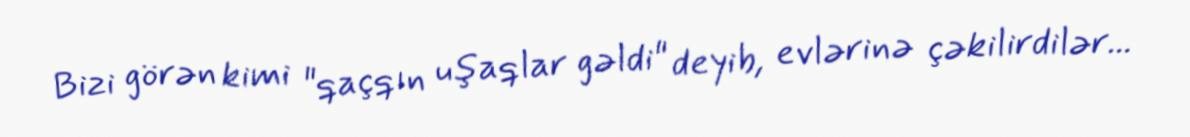
Bizi görən kimi "qaçqın uşaqlar gəldi" deyib, evlərinə çəkilirdilər...